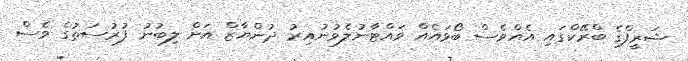
ޝަރީފްގެ ބްރޭކްގައި އެއްވެސް ބޯޅައެއް ވައްޓާނުލެވުނުއިރު ދުންޔާޒް އަށް ލިބުނު ފުރުސަތުގެ ވެސް